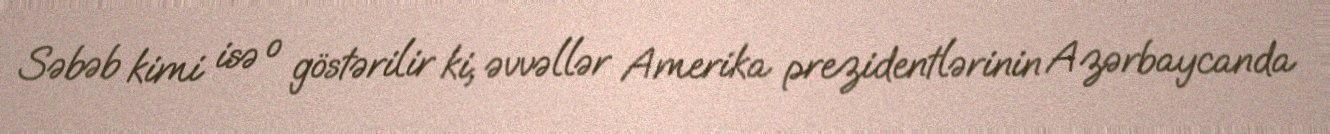
Səbəb kimi isə o göstərilir ki, əvvəllər Amerika prezidentlərinin Azərbaycanda